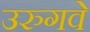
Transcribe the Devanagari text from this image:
उरुगवे